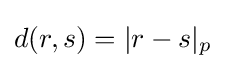
d(r,s)=|r-s|_{p}